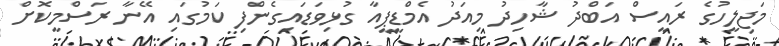
މަޖިލީހުގެ ރައީސް އަބްދު ޝާހިދު މިއަދު އެމްޑީޕީއާ ގުޅިވަޑައިގެންފި ކަމުގައި އޭނާ ރަސްމީކޮށް